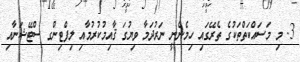
3. މި މަސައްކަތްތަކުގެ ތެރޭގައި ހިމެނެނީ ނަރުދަމާ ވިޔުގަ ޤާއިމުކުރުމާއި ލިފްޓިންގ ސްޓޭޝަނާއި